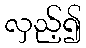
လှည့်၍